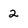
Character: 2